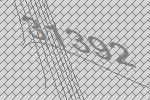
31392